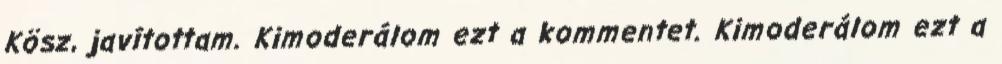
Kösz, javítottam. Kimoderálom ezt a kommentet. Kimoderálom ezt a